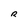
Character: R